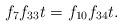
LaTeX: \begin{align*}f_7f_{33}t &= f_{10}f_{34}t.\end{align*}